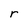
Character: r